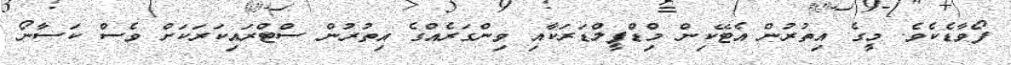
ފޯވާޑެކެވެ. މީގެ އިތުރުން އެޓޭކިން މިްޑްފީލްޑަރަކާއި ވިންގަރެއްގެ އިތުރުން ސްޓްރައިކަރަކަށް ވެސް ކަސާނޯ